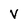
Character: V